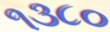
૧૩૮૦